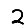
Digit: 2